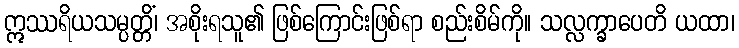
ဣဿရိယသမ္ပတ္တိံ၊ အစိုးရသူ၏ ဖြစ်ကြောင်းဖြစ်ရာ စည်းစိမ်ကို။ သလ္လက္ခာပေတိ ယထာ၊